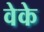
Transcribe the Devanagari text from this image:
वेके